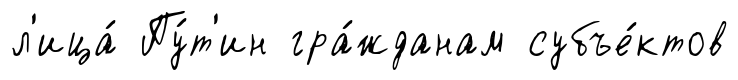
л'ица́ Пу́т'ин гра́жданам субъе́ктов